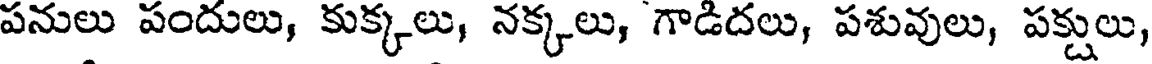
పనులు పందులు, కుక్కలు, నక్కలు, గాడిదలు, పశువులు, పక్షులు,